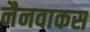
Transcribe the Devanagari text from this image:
नैनवाकस